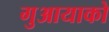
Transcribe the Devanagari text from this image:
गुआयाको